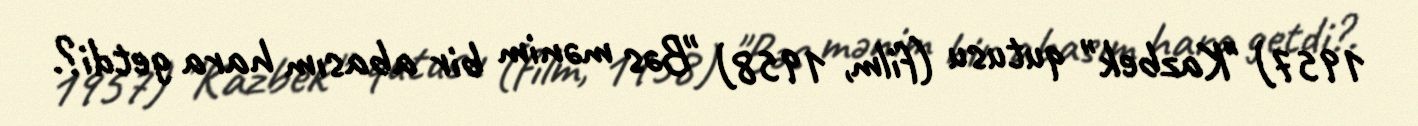
1957) "Kazbek" qutusu (film, 1958) "Bəs mənim bir abasım hara getdi?.